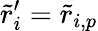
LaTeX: \tilde{r}_{i}^{\prime}=\tilde{r}_{i,p}